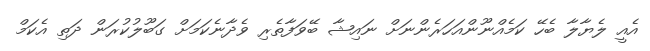
އެއީ ލެޔާލާ ބެހޭ ކަމެއްނޫންއަަަހަރެންނަށް ނައިޝާ ބޭވަފާތެރި ވެދާނެކަމަށް ގަބޫލުކުރަން ދަތި އެކަމް